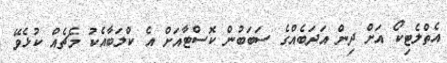
އެތްލެޓިކޯ އަށް ދިން އަދަބެއްގެ ސަބަބުން ކޮސްޓާއަށް އެ ކްލަބާއެކު މެޗެއް ކުޅެވޭ